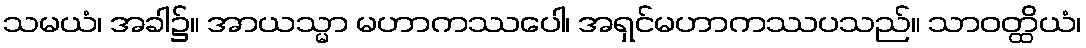
သမယံ၊ အခါ၌။ အာယသ္မာ မဟာကဿပေါ၊ အရှင်မဟာကဿပသည်။ သာဝတ္ထိယံ၊